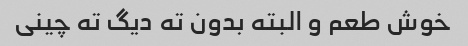
خوش طعم و البته بدون ته دیگ ته چینی